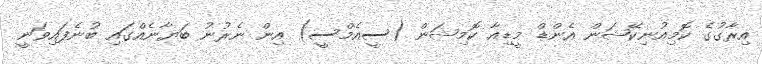
އިރާގުގެ ކޮމިއުނިކޭޝަން އެންޑް މީޑިއާ ކޮމިޝަން (ސީއެމްސީ) އިން ނެރުނު ބަޔާނެއްގައި ބުނެފައިވަނީ